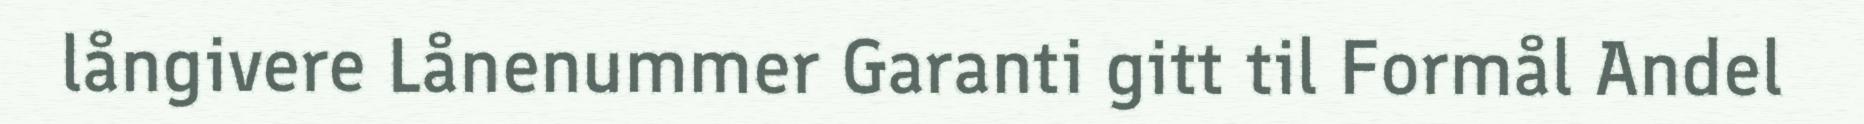
långivere Lånenummer Garanti gitt til Formål Andel